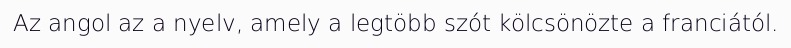
Az angol az a nyelv, amely a legtöbb szót kölcsönözte a franciától.